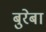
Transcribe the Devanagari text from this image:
बुरेबा